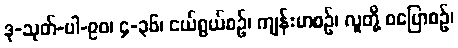
ဒု-သုတ်-ပါ-၉၀၊ ၄-၃၆၊ ငယ်ရွယ်စဉ်၊ ကျန်းမာစဉ်၊ လူတို့ ဝပြောစဉ်၊